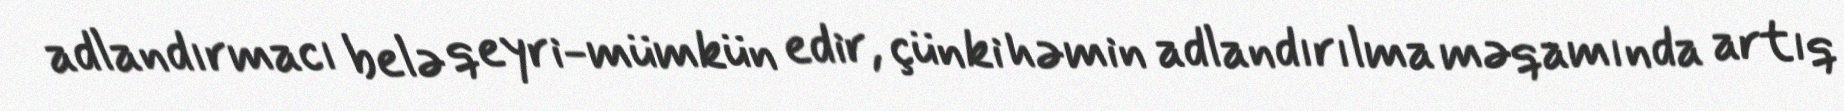
adlandırmacı belə qeyri-mümkün edir, çünki həmin adlandırılma məqamında artıq